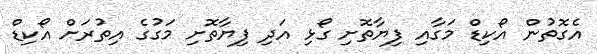
އެގޮތުން އޯކިޑް މަގާއި ފިޔާތޮށި ގޯޅި އަދި ފިޔާތޮށި މަގުގެ އިތުރަށް އޯކިޑް